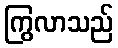
ကြွလာသည်